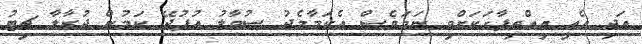
އަދި އެއީ އިއްތިފާގަކަށްވި ނަމަވެސް އެކަމާމެދު ސުވާލު އުފުދޭ ކަމުން ދުރާލާ ޗިޓު